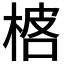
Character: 𬃓